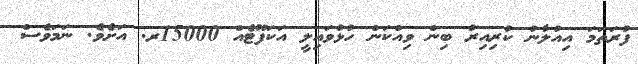
ފުރަތަމަ އިއުލާނު ކުރިއިރު ބިން ވިއްކަން ހުޅުވައިިލީ އަކަފޫޓެއް 15000ރ. އަށެވެ. ނަމަވެސް